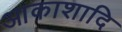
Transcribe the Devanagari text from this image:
आकाशादि